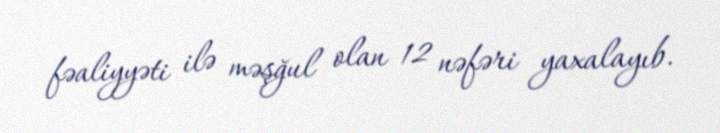
fəaliyyəti ilə məşğul olan 12 nəfəri yaxalayıb.